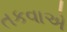
તકવાએ